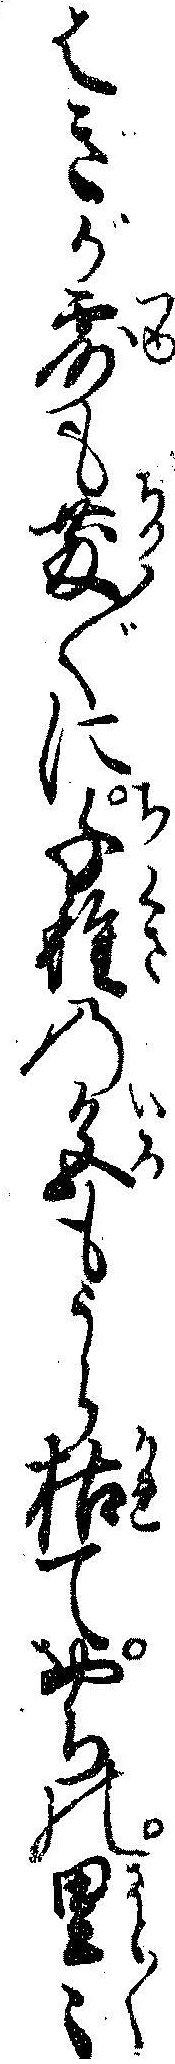
はきが露も散〲に千種の色もうら枯ておちの里々